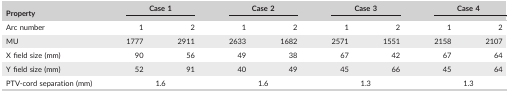
<table><thead><tr><td><b>Property</b></td><td colspan="2"><b>Case 1</b></td><td colspan="2"><b>Case 2</b></td><td colspan="2"><b>Case 3</b></td><td colspan="2"><b>Case 4</b></td></tr></thead><tbody><tr><td>Arc number</td><td>1</td><td>2</td><td>1</td><td>2</td><td>1</td><td>2</td><td>1</td><td>2</td></tr><tr><td>MU</td><td>1777</td><td>2911</td><td>2633</td><td>1682</td><td>2571</td><td>1551</td><td>2158</td><td>2107</td></tr><tr><td>X field size (mm)</td><td>90</td><td>56</td><td>49</td><td>38</td><td>67</td><td>42</td><td>67</td><td>64</td></tr><tr><td>Y field size (mm)</td><td>52</td><td>91</td><td>40</td><td>49</td><td>45</td><td>66</td><td>45</td><td>64</td></tr><tr><td>PTV‐cord separation (mm)</td><td colspan="2">1.6</td><td colspan="2">1.6</td><td colspan="2">1.3</td><td colspan="2">1.3</td></tr></tbody></table>